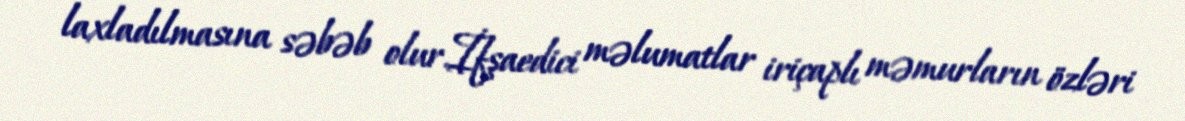
laxladılmasına səbəb olur.İfşaedici məlumatlar iriçaplı məmurların özləri